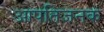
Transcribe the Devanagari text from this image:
आपतिजनक